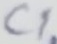
Text: C1